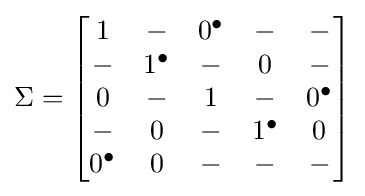
\Sigma ={\begin{bmatrix}1&-&0^{\bullet }&-&-\\-&1^{\bullet }&-&0&-\\0&-&1&-&0^{\bullet }\\-&0&-&1^{\bullet }&0\\0^{\bullet }&0&-&-&-\end{bmatrix}}